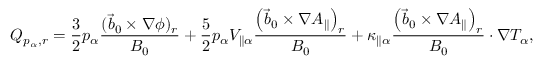
Q _ { p _ { \alpha } , r } = \frac { 3 } { 2 } p _ { \alpha } \frac { ( \vec { b } _ { 0 } \times \nabla \phi ) _ { r } } { B _ { 0 } } + \frac { 5 } { 2 } p _ { \alpha } V _ { \parallel \alpha } \frac { \left( \vec { b } _ { 0 } \times \nabla A _ { \parallel } \right) _ { r } } { B _ { 0 } } + \kappa _ { \parallel \alpha } \frac { \left( \vec { b } _ { 0 } \times \nabla A _ { \parallel } \right) _ { r } } { B _ { 0 } } \cdot \nabla T _ { \alpha } ,